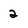
Character: 2